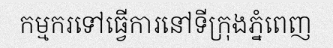
កម្មករទៅធ្វើការនៅទីក្រុងភ្នំពេញ